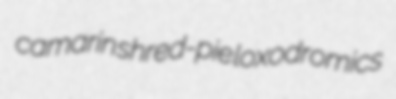
camarin shred-pie loxodromics